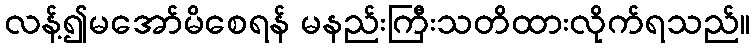
လန့်၍မအော်မိစေရန် မနည်းကြီးသတိထားလိုက်ရသည်။